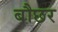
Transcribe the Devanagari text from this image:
बौछर